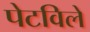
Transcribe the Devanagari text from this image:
पेटविले